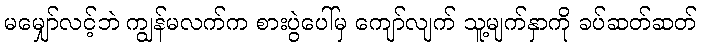
မမျှော်လင့်ဘဲ ကျွန်မလက်က စားပွဲပေါ်မှ ကျော်လျက် သူ့မျက်နှာကို ခပ်ဆတ်ဆတ်